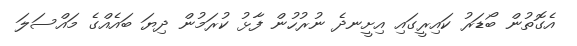
އެގޮތުން ބޯޑަރު ކައިރީގައި އިށީނދެ ނުރުހުން ފާޅު ކުރަމުން ދިޔަ ބައެއްގެ މައްސަލަ